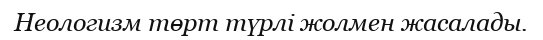
Неологизм төрт түрлі жолмен жасалады.